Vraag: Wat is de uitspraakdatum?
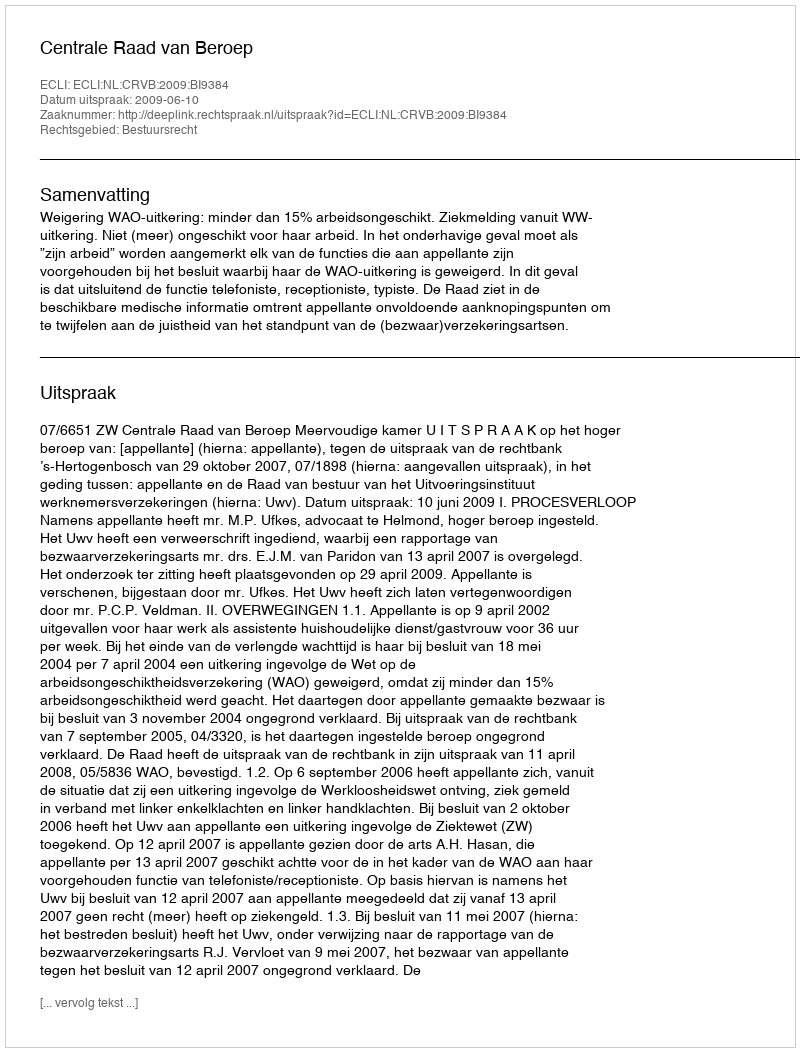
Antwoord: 2009-06-10